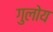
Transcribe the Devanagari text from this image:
गुलोय